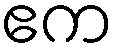
ဧက